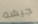
جيشه